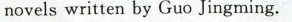
novelswritten by Guo Jingming.